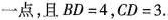
一点，且$$BD=4$$，$$CD=3$$.